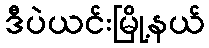
ဒီပဲယင်းမြို့နယ်